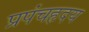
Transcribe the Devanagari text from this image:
प्रपंचहृदय